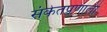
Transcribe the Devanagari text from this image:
संकेतप्रणाली